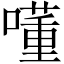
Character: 𡀇